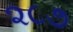
૨૮૭